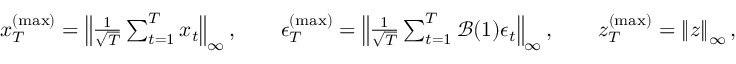
\begin{array} { r } { x _ { T } ^ { ( \operatorname* { m a x } ) } = \left\lVert \frac { 1 } { \sqrt { T } } \sum _ { t = 1 } ^ { T } \boldsymbol { x } _ { t } \right\rVert _ { \infty } , \qquad \epsilon _ { T } ^ { ( \operatorname* { m a x } ) } = \left\lVert \frac { 1 } { \sqrt { T } } \sum _ { t = 1 } ^ { T } \mathcal { B } ( 1 ) \boldsymbol { \epsilon } _ { t } \right\rVert _ { \infty } , \qquad z _ { T } ^ { ( \operatorname* { m a x } ) } = \left\lVert \boldsymbol { z } \right\rVert _ { \infty } , } \end{array}